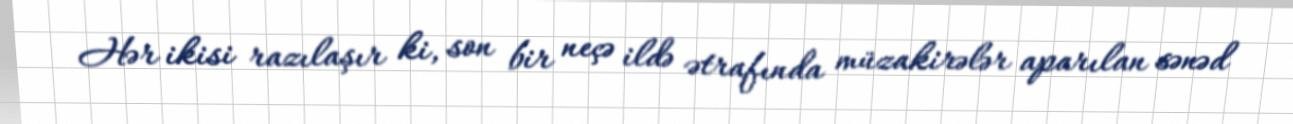
Hər ikisi razılaşır ki, son bir neçə ildə ətrafında müzakirələr aparılan sənəd